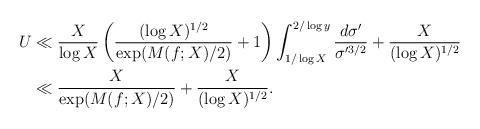
LaTeX: \begin{align*}U &\ll \frac{X}{\log X} \left(\frac{(\log X)^{1/2}}{\exp(M(f; X)/2)} + 1\right) \int_{1/\log X}^{2/\log y} \frac{d\sigma'}{\sigma'^{3/2}} + \frac{X}{(\log X)^{1/2}} \\&\ll \frac{X}{\exp(M(f; X)/2)} + \frac{X}{(\log X)^{1/2}}.\end{align*}